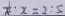
\frac { 1 } { 8 } : x = 2 : 5